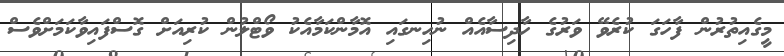
މީގެއިތުރުން ފާހަގަ ކުރެވޭ ވަރުގެ ހާދިސާއެއް ނުހިނގައި އޮމާންކަމާއެކު ވޯޓްލުން ކުރިއަށް ގޮސްފައިވާކަމަށްވެސް